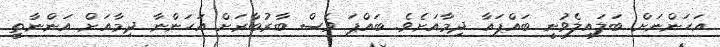
އަހަންނަށް ބަލައިލެވުނީ ބައްޕައާ ދިމާއަށެވެ. ބައްޕަ ވެސް ބާރުބާރަށް އަހަންނާ ދިމާއަށް އަންނާތީ